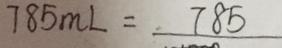
7 8 5 m L = 7 8 5